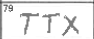
Transcription: TTX